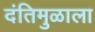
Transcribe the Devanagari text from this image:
दंतिमुळाला